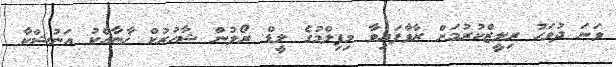
ވަނަ ދުވަހު ރިލީޒްކުރުމަށް ރާވާފައިވާ މިފިލްމުގެ ލީޑް ރޯލުން ޝާހުރުކް ޚާނާއެކު އަނުޝްކާ